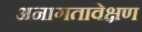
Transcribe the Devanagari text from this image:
अनागतावेक्षण